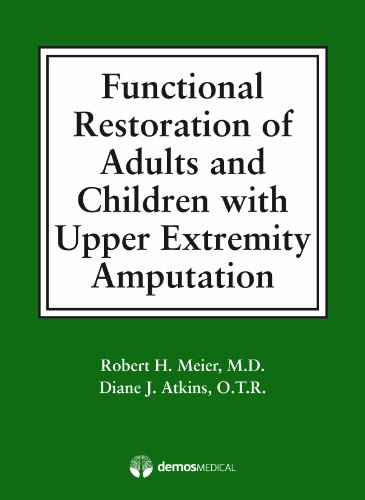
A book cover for Functional Restoration of Adults and Children with Upper Extremity Amputation; Dr. Robert H. Meier III MD; Medical Books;